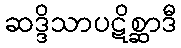
ဆဒ္ဒိသာပဋိစ္ဆာဒီ